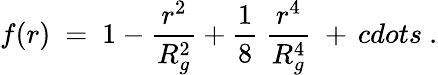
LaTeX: f(r)\ =\ 1-\frac{r^{2}}{R_{g}^{2}}+\frac 18\ \frac{r^{4}}{R_{g}^{4}}\ +\, cdots\ .